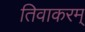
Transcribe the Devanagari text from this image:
तिवाकरम्